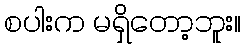
စပါးက မရှိတော့ဘူး။